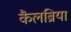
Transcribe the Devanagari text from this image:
कैलब्रिया